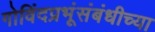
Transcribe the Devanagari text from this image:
गोविंदप्रभूंसंबंधीच्या